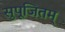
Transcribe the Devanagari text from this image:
सुपूजितम्